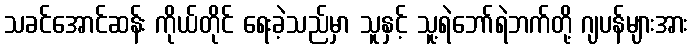
သခင်အောင်ဆန်း ကိုယ်တိုင် ရေးခဲ့သည်မှာ သူနှင့် သူ့ရဲဘော်ရဲဘက်တို့ ဂျပန်များအား